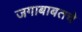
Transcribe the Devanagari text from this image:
जगाबाबतचे